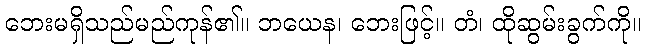
ဘေးမရှိသည်မည်ကုန်၏။ ဘယေန၊ ဘေးဖြင့်။ တံ၊ ထိုဆွမ်းခွက်ကို။